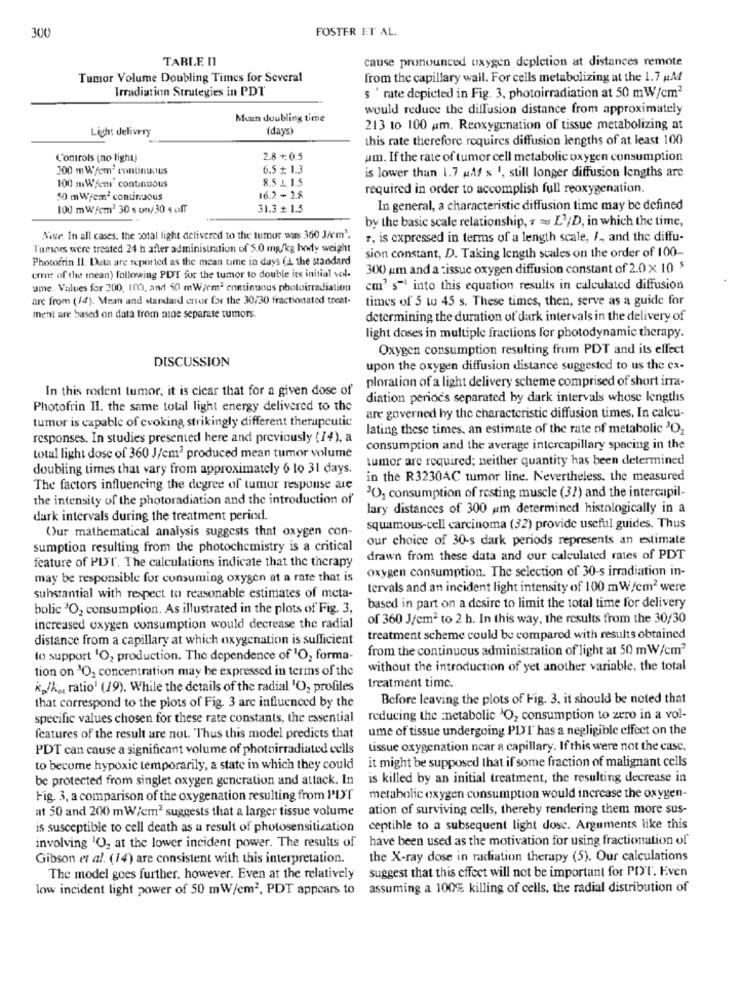
300
FOSTER ET AL.
TABLE n
cause pronounced oxygen depletion at distances remote
Tumor Volume Doubling Times for Several
from the capillary wall. For cells metabolizing at the 1.7 AM
Irradiation Strategies in PDT
s ' rate depicted in Fig. 3, photoirradiation at 50 mW/cm2
would reduce the diffusion distance from approximately
Mcan doubling time
Ligh: delivery
(days)
213 to 100 um. Reoxygenation of tissue metabolizing at
this rate therefore requires diffusion lengths of at least 100
Controls (no light)
2.8 +: 0.5
am. If the rate of tumor cell metabolic oxygen consumption
200 m Wfem' continuous
6.5 + 1.3
is lower than 1.7 Af s ', still longer diffusion lengths are
8.5 L 1.5
100 mWjem' continuous
16.2 -2.8
required in order to accomplish full reoxygenation.
50 mWyemª conunsous
100 m W/cm2 30 s on/ 30 saff
31.3 + 1.5
In general, a characteristic diffusion time may be defined
by the basic scale relationship, « = L'/D, in which the time,
Note. In all cases, the sotal light delivered to the tumor wass 360 JAm'.
7, is expressed in terms of a length scale, / ., and the diffu-
l'umors were treated 24 h after administration of 5.0 mg/kg body weight
Photofrin 11. Data are reported as the mean time in days (L the standard
sion constant, D. Taking length scales on the order of 100-
300 um and a :issue oxygen diffusion constant of 2.0 x 10 $
erros of the mean) following PDT for the tumor to double its initial vol-
ume. Values for 200, 1001, and 50 mWiem3 continuous photoirradiation
cm3 s" into this equation results in calculated diffusion
are from (14). Mean and standard error for the 30/30 fractionated treat.
times of 5 to 45 s. These times, then, serve as a guide for
ment are based on data from nine separate tumors.
determining the duration of dark intervals in the delivery of
light doses in multiple fractions for photodynamic therapy.
Oxygen consumption resulting from PDT and its effect
DISCUSSION
upon the oxygen diffusion distance suggested to us the ex-
ploration of a light delivery scheme comprised of short irra-
In this rodent tumor, it is clear that for a given dose of
diation period's separated by dark intervals whose lengths
Photofrin Il. the same total light energy delivered to the
tumor is capable of evoking strikingly different therapeutic
are governed by the characteristic diffusion times. In calcu-
lating these times, an estimate of the rate of metabolic 'O2
responses. In studies presented here and previously (14), a
consumption and the average intercapillary spacing in the
total light dose of 360 J/cm2 produced mean tumor volume
tumor are required; neither quantity has been determined
doubling times that vary from approximately 6 to 31 days.
in the R3230AC tumor line. Nevertheless, the measured
The factors influencing the degree of tumor response are
the intensity of the photoradiation and the introduction of
30, consumption of resting muscle (37) and the intercapil-
lary distances of 300 um determined histologically in a
dark intervals during the treatment period.
Our mathematical analysis suggests that oxygen con-
squamous-cell carcinoma (32) provide useful guides. Thus
our choice of 30-s dark periods represents an estimate
sumption resulting from the photochemistry is a critical
feature of PDI. The calculations indicate that the therapy
drawn from these data and our calculated rates of PDT
oxygen consumption. The selection of 30-s irradiation in-
may be responsible for consuming oxygen at a rate that is
tervals and an incident light intensity of 100 mW /cm2 were
substantial with respect to reasonable estimates of meta-
bolic 'O, consumption. As illustrated in the plots of Fig. 3,
based in part on a desire to limit the total time for delivery
of 360 J/cm2 to 2 h. In this way, the results from the 30/30
increased oxygen consumption would decrease the radial
distance from a capillary at which oxygenation is sufficient
treatment scheme could be compared with results obtained
from the continuous administration of light at 50 mW/cm2
to support 'O, production. The dependence of "O, forma-
tion on 'O2 concentration may be expressed in terms of the
without the introduction of yet another variable, the total
treatment time.
kj/kg, ratio) (19). While the details of the radial 'O, profiles
that correspond to the plots of Fig. 3 are influenced by the
Before leaving the plots of Fig. 3, it should be noted that
specific values chosen for these rate constants, the essential
reducing the Enetabolic 'O2 consumption to zero in a vol-
ume of tissue undergoing PDT has a negligible effect on the
features of the result are not. Thus this model predicts that
PDT can cause a significant volume of photoirradiated cells
Lissue oxygenation near a capillary. If this were not the case.
it might be supposed that if some fraction of malignant cells
to become hypoxic temporarily, a state in which they could
be protected from singlet oxygen generation and attack. In
is killed by an initial treatment, the resulting decrease in
Fig. 3, a comparison of the oxygenation resulting from PIST
metabolic oxygen consumption would increase the oxygen-
at 50 and 200 mW/cm2 suggests that a larger tissue volume
ation of surviving cells, thereby rendering them more sus-
is susceptible to cell death as a result of photosensitization
ceptible to a subsequent light dosc. Arguments like this
involving 102 at the lower incident power. The results of
have been used as the motivation for using fractionation of
Gibson et al. (14) are consistent with this interpretation.
the X-ray dose in radiation therapy (5). Our calculations
The model goes further. however. Even at the relatively
suggest that this effect will not be important for PDT. Even
low incident light power of 50 mW/cm2, PDT appears to
assuming a 100% killing of cells, the radial distribution of